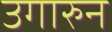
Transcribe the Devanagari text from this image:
उगारुन